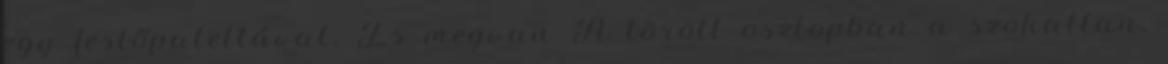
egy festőpalettával. És megvan A törött oszlopban a szokatlan,